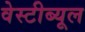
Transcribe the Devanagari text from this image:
वेस्टीब्यूल